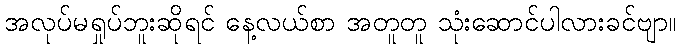
အလုပ်မရှုပ်ဘူးဆိုရင် နေ့လယ်စာ အတူတူ သုံးဆောင်ပါလားခင်ဗျာ။